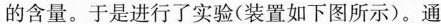
的含量。于是进行了实验(装置如下图所示)。通